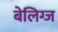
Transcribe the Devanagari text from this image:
बेलिग्ज